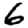
Digit: 6